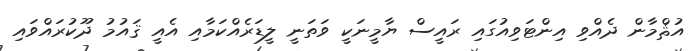
އުޘްމާން ދެއްވި އިންޓަވިއުގައި ރައީސް ޔާމީނަކީ ވަތަނީ ލީޑަރެއްކަމާއި އެއީ ޤައުމު ދޫކުރައްވައި